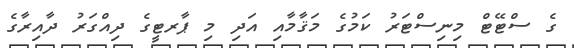
ގެ ސްޓޭޓް މިނިސްޓަރު ކަމުގެ މަޤާމާއި އަދި މި ޕާރޓީގެ ދިއްގަރު ދާއިރާގެ